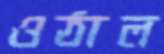
ওঠাল